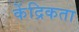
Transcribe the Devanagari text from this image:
केंद्रिकता